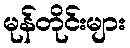
မုန်တိုင်းများ